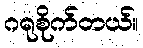
ဂရုစိုက်တယ်။